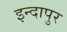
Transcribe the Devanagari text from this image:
इन्दापुर